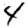
Digit: 4